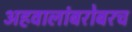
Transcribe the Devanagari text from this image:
अहवालांबरोबरच